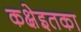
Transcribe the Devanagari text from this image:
कक्षेइतका